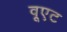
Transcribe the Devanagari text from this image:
वूएट